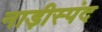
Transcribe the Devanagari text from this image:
नाड़ीस्पंद